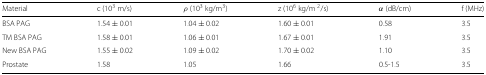
<table><thead><tr><td><b>Material</b></td><td><b>c (10<sup>3</sup> m/s)</b></td><td><b><i>ρ</i> (10<sup>3</sup> kg/m<sup>3</sup>)</b></td><td><b>z (10<sup>6</sup> kg/m <sup>2</sup>/s)</b></td><td><b><i>α</i> (dB/cm)</b></td><td><b>f (MHz)</b></td></tr></thead><tbody><tr><td>BSA PAG</td><td>1.54 ± 0.01</td><td>1.04 ± 0.02</td><td>1.60 ± 0.01</td><td>0.58</td><td>3.5</td></tr><tr><td>TM BSA PAG</td><td>1.58 ± 0.01</td><td>1.06 ± 0.01</td><td>1.67 ± 0.01</td><td>1.91</td><td>3.5</td></tr><tr><td>New BSA PAG</td><td>1.55 ± 0.02</td><td>1.09 ± 0.02</td><td>1.70 ± 0.02</td><td>1.10</td><td>3.5</td></tr><tr><td>Prostate</td><td>1.58</td><td>1.05</td><td>1.66</td><td>0.5-1.5</td><td>3.5</td></tr></tbody></table>